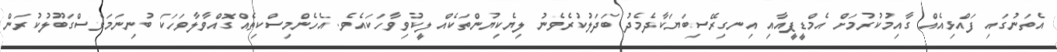
އެތަނުގައި ފައްޅިއެއް ގާއިމުކުރުމަށް އެމްޑީޕީއާއި އިނގިރޭސިބަޔަކާދެމެދު ބަދަލުކުރެވެނު ލިޔެކިޔުންތަކެއް ލީކުވިވާހަކައެވެ. އެހެންމިސްކިތެއްގޮއްވާލާވަހަކަ ބުނިނަމަވެސްގަބޫލުކުރަން